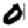
Digit: 0